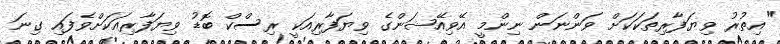
"އިތުރު ވިޔަފާރިތަކަކަށް ވަންނަން ނިންމީ އޭވިއޭޝަންގެ ވިޔަފާރިއަކީ ރިސްކް ބޮޑު ވިޔަފާރިއަކަށްވެފައި ގިނަ